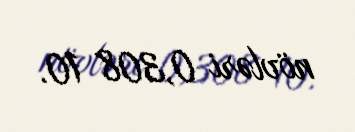
növləri 0,308 10.